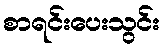
စာရင်းပေးသွင်း